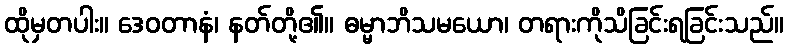
ထိုမှတပါး။ ဒေဝတာနံ၊ နတ်တို့၏။ ဓမ္မာဘိသမယော၊ တရားကိုသိခြင်းရခြင်းသည်။